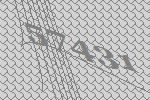
57431